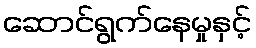
ဆောင်ရွက်နေမှုနှင့်